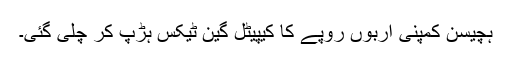
ہچیسن کمپنی اربوں روپے کا کیپیٹل گین ٹیکس ہڑپ کر چلی گئی۔